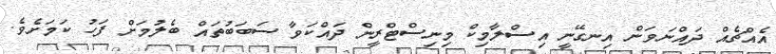
އެއްޗެއް ދައްނަވަން އިނގޭނީ އިސްލާމިކް މިނިސްޓްރީން ދައްކަވާ ސަބަބުތައް ބެލުމަށް ފަހު ކަމަށެވެ.